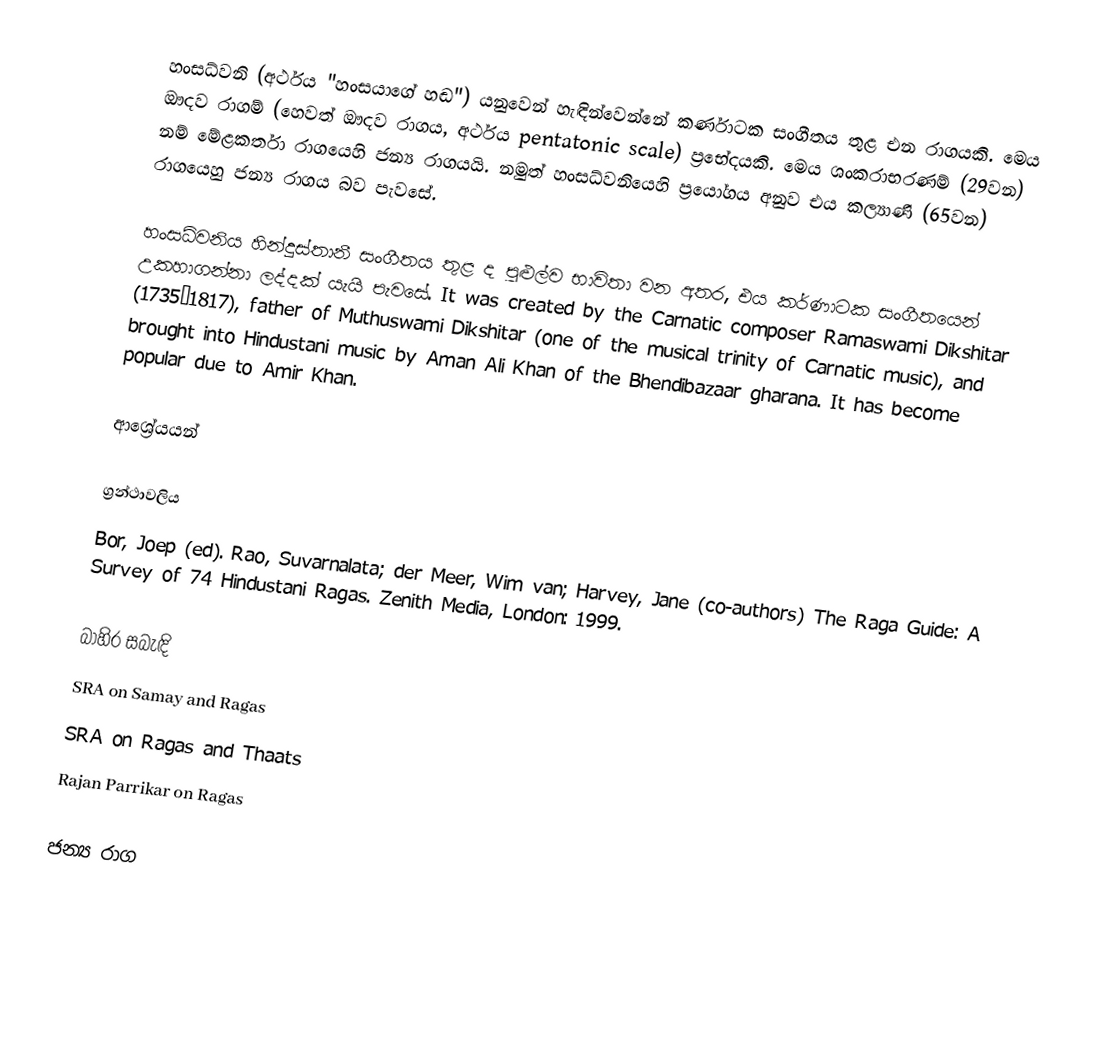
හංසධ්වනි (අර්ථය "හංසයාගේ හඬ") යනුවෙන් හැඳින්වෙන්නේ කර්ණාටක සංගීතය තුළ එන රාගයකි. මෙය ඖදව රාගම් (හෙවත් ඖදව රාගය, අර්ථය pentatonic scale) ප්‍රභේදයකි. මෙය ශංකරාභරණම් (29වන) නම් මේළකර්තා රාගයෙහි ජන්‍ය රාගයයි.  නමුත් හංසධ්වනියෙහි ප්‍රයෝගය අනුව එය කල්‍යාණි (65වන) රාගයෙහු ජන්‍ය රාගය බව පැවසේ.

හංසධ්වනිය හින්දුස්තානී සංගීතය තුළ ද පුළුල්ව භාවිතා වන අතර, එය කර්ණාටක සංගීතයෙන් උකහාගන්නා ලද්දක් යැයි පැවසේ. It was created by the Carnatic composer Ramaswami Dikshitar (1735–1817), father of Muthuswami Dikshitar (one of the musical trinity of Carnatic music), and brought into Hindustani music by Aman Ali Khan of the Bhendibazaar gharana. It has become popular due to Amir Khan.

ආශ්‍රේයයන්

ග්‍රන්ථාවලිය
 Bor, Joep (ed). Rao, Suvarnalata; der Meer, Wim van; Harvey, Jane (co-authors) The Raga Guide: A Survey of 74 Hindustani Ragas. Zenith Media, London: 1999.

බාහිර සබැඳි
 SRA on Samay and Ragas
 SRA on Ragas and Thaats
 Rajan Parrikar on Ragas

ජන්‍ය රාග